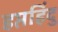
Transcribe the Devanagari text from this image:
हप्तहिंदु